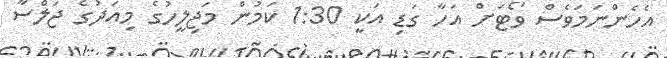
އެހެންނަމަވެސް ވޯޓަށް އަހާ ގަޑި އަކީ 1:30 ކަމުން މަޖިލީހުގެ މިއަދުގެ ޖަލްސާ